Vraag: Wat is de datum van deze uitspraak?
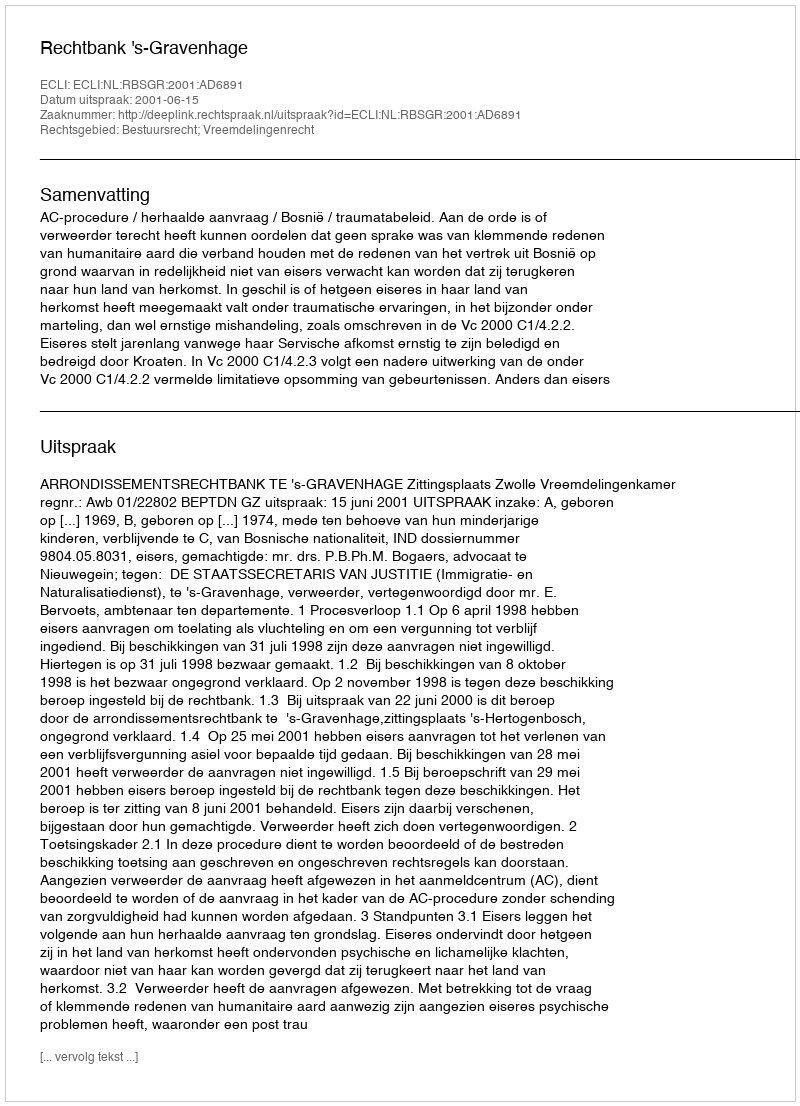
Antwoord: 2001-06-15